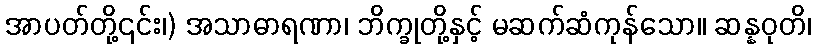
အာပတ်တို့၎င်း၊) အသာဓာရဏာ၊ ဘိက္ခုတို့နှင့် မဆက်ဆံကုန်သော။ ဆန္နဝုတိ၊